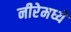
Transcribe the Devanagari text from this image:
नीरेमध्ये